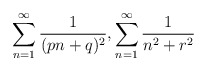
\begin{align*}\sum_{n=1}^{\infty}\frac{1}{(p n+q)^2},\sum_{n=1}^{\infty}\frac{1}{n^2+r^2}\end{align*}